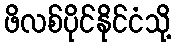
ဖိလစ်ပိုင်နိုင်ငံသို့